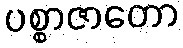
ပစ္စာဇာတော